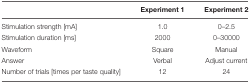
|  | Experiment 1 | Experiment 2 |
 | --- | --- | --- |
 | Stimulation strength [mA] | 1.0 | 0–2.5 |
 | Stimulation duration [ms] | 2000 | 0–30000 |
 | Waveform | Square | Manual |
 | Answer | Verbal | Adjust current |
 | Number of trials [times per taste quality] | 12 | 24 |